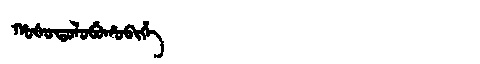
Manchu: ᡥᠣᡧᠣᡨᠣᠯᠣᠪᡠᡥᠣᠪᡳᡥᡝ
Romanization: HOŠOTOLOBUHOBIHE